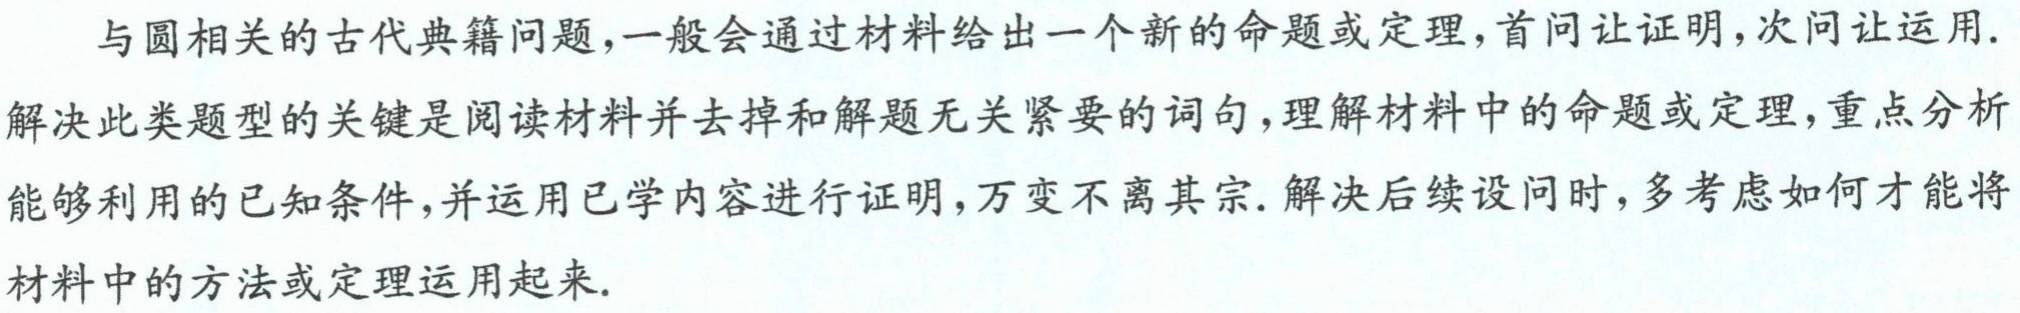
与圆相关的古代典籍问题,一般会通过材料给出一个新的命题或定理,首问让证明,次问让运用.
解决此类题型的关键是阅读材料并去掉和解题无关紧要的词句,理解材料中的命题或定理,重点分析能够利用的已知条件,并运用已学内容进行证明,万变不离其宗. 解决后续设问时,多考虑如何才能将材料中的方法或定理运用起来.